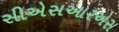
સીએસઆરએસ